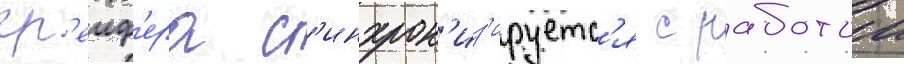
гр'еиф'ера с'инхрон'из'ируетс'я с работои